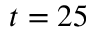
t = 2 5